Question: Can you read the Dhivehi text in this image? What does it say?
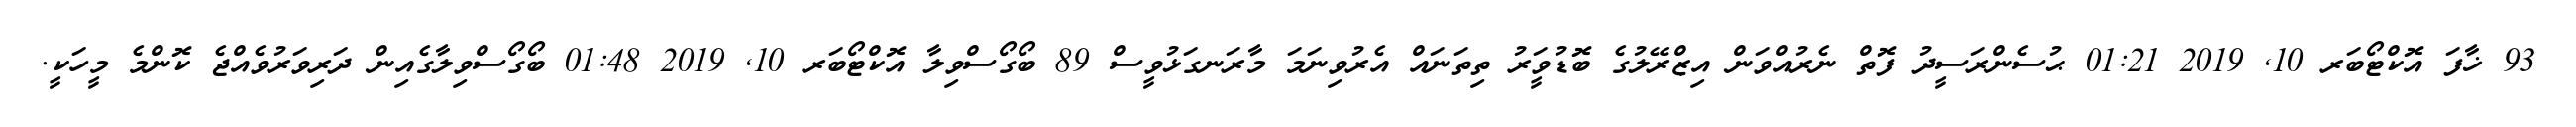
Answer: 93 ޚާފަ އޮކްޓޯބަރ 10, 2019 01:21 ޙުސެންރަސީދު ފޮތް ނެރުއްވަން އިޒްރޭލުގެ ބޮޑުވަީރު ތިތަނައް އެރުވިނަމަ މާރަނގަޅުވީސް 89 ބޯގޯސްވިލާ އޮކްޓޯބަރ 10, 2019 01:48 ބޯގޯސްވިލާގެއިން ދަރިވަރުވެއްޖެ ކޮންމެ މީހަކީ.